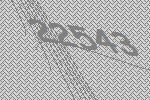
22543